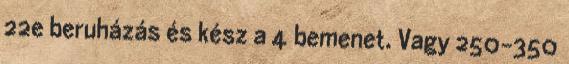
22e beruházás és kész a 4 bemenet. Vagy 250-350